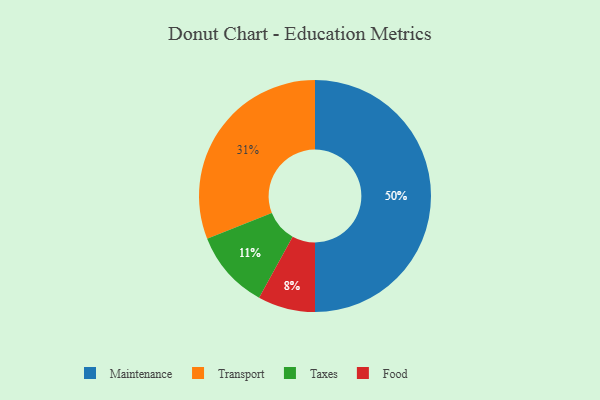
{"axis": {"x": "Category", "y": "Percentage"}, "legend": ["Food", "Maintenance", "Taxes", "Transport"], "data": [{"x": "Transport", "y": 31, "type": "Transport"}, {"x": "Food", "y": 8, "type": "Food"}, {"x": "Maintenance", "y": 50, "type": "Maintenance"}, {"x": "Taxes", "y": 11, "type": "Taxes"}]}